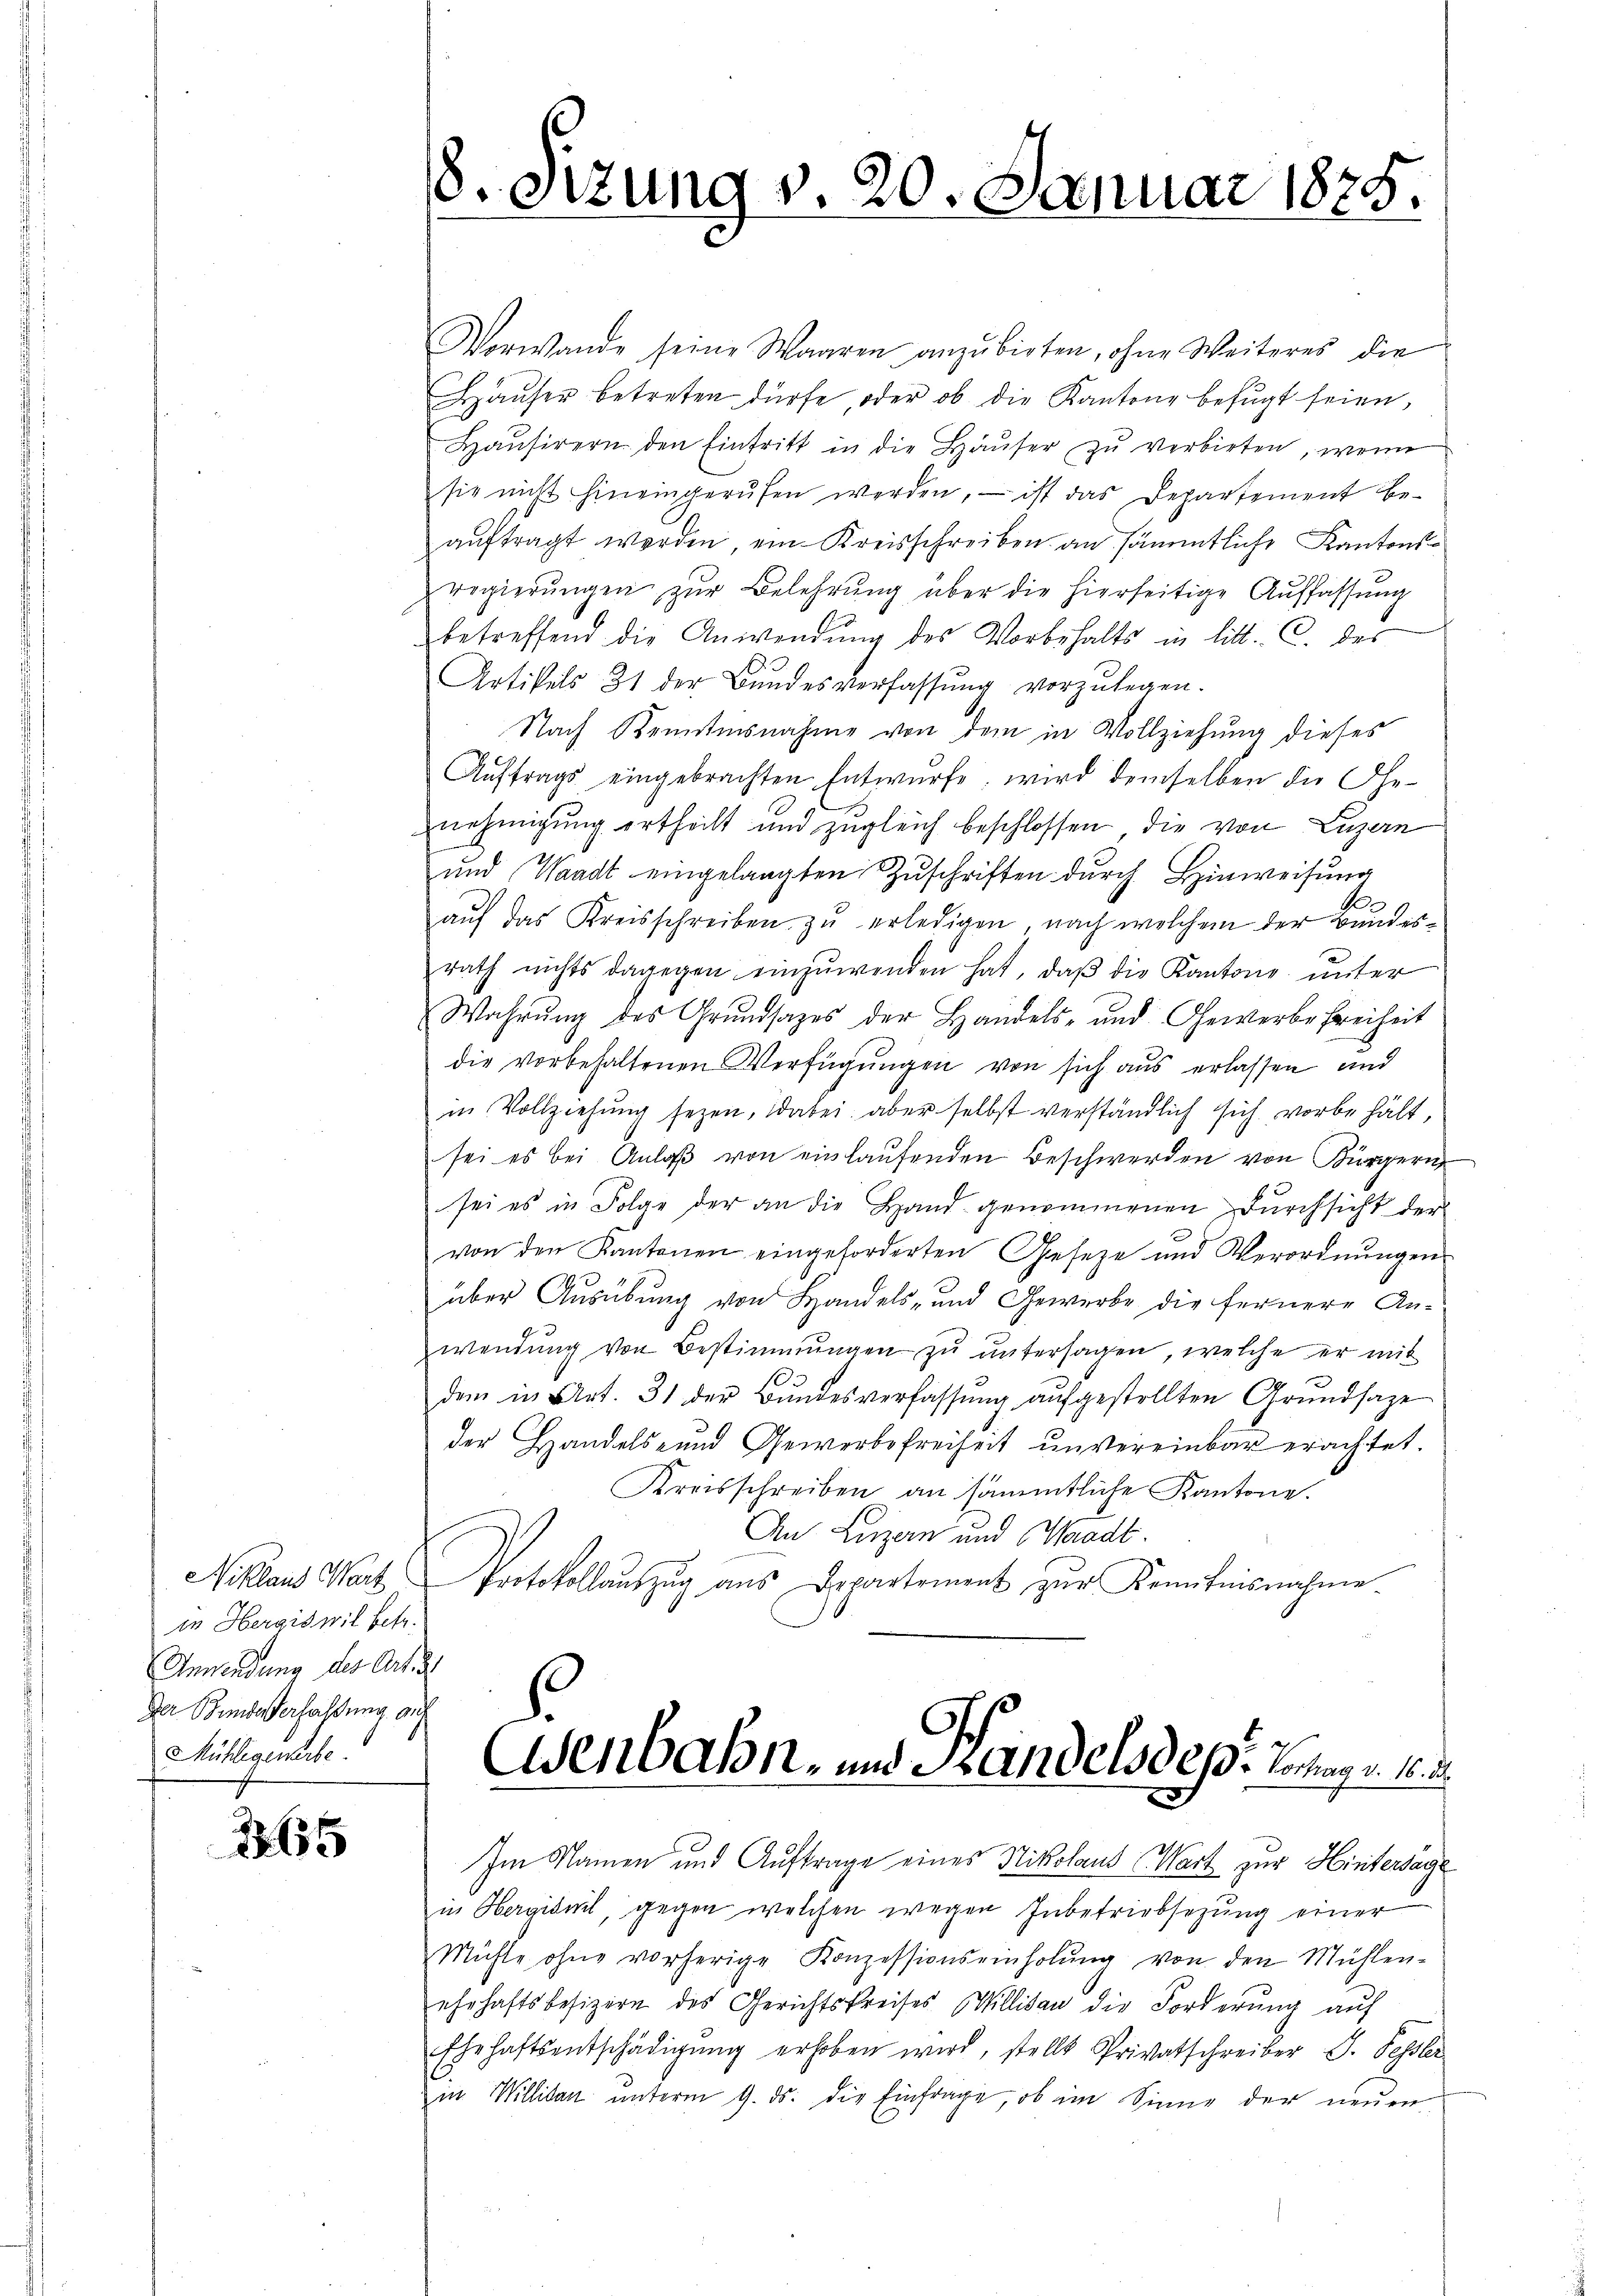
in Hergiswil betr.
Anwendung des Articl
Der Bundesverfassung auf
Mühligenerbe.

1655

Vorwande seine Waaren anzubieten, ohne Weiteres die
Häŭser betreten dürfe, oder ob die Kantone befŭgt seien,
Haŭsirern den Eintritt in die Häŭser zŭ verbirten, wenn
sie nicht hineingerufen werden, – ist das Departement beaŭftragt worden, ein Kreisschreiben an sämmtliche Kantonsregierŭngen zŭr Belehrŭng über die hierseitige Auffassŭng
betreffend die Anwendung des Vorbehalts in litt. C. der
Artikels 31 der Bŭndesverfassŭng vorzŭlegen.
Nach Kenntnisnahme von dem in Vollziehung dieses
Auftrags eingebrachten Entwürfe; wird demselben die Ge-
nehmigung ertheilt und zugleich beschlossen die von Luzern
und Waadt eingelangten Zuschriften durch Hinweisung
aŭf das Kreisschreiben zŭ erledigen, nach welchem der Bundesrath nichts dagegen einzŭwenden hat, daβ die Kantone unter
Wahrŭng des Grŭndsazes der Handels- und Gewerbefreiheit
die vorbehaltenen Verfügungen von sich aus erlassen und
in Vollziehung sezen, dabei, aber selbst verständlich sich vorbehält,
sei es bei Anlaβ von einlaufenden Beschwerden von Bürgern
sei es in Folge der an die Hand genommenen Dŭrchsicht der
von den Kantonen eingeforderten Geseze und Verordnŭngen
über Ausübung von Handels- und Gewerbe die fernere An-
wendŭng von Bestimmungen zŭ ŭntersagen, welche er mit
dem in Art. 31 der Bŭndesverfassŭng aŭfgestellten Grŭndsaze
der Handels- und Gewerbsfreiheit unvereinbar erachtet.
Kreisschreiben an sämmtliche Kantone.
An Luzern und Waadt.
Niklaus Wart Protokollaŭszŭg aŭs Departement zŭr Kenntnisnahme.

18. Sitzung v. 20. Januar 1875.

Wenbahn- und Kandels des Vorrage. M

Im Namen und Auftrage eines Nikolaus Wart zur Hintersage
in Herginil, gegen welchen wegen Inbetriebsezung einer
Mühle ohne vorherige Konzessionseinholŭng von den Mühlen-
ehehaftsbesizern des Gerichtskreises Millikan die Forderŭng aŭf
Ehehaftsentschädigŭng erhoben wird, stellt Privatschreiber J. Pessler
in Willikon ŭnterm 9. ds. die Einfrage, ob im Sinne der neŭen